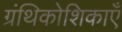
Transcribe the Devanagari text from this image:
ग्रंथिकोशिकाएँ